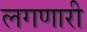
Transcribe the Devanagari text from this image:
लगणारी